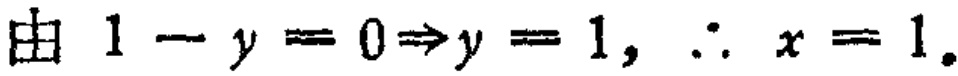
由 \(1 - y = 0\Rightarrow y = 1,\ \therefore\ x = 1\)。